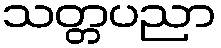
သတ္တပညာ